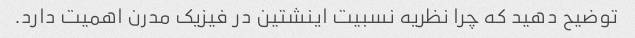
توضیح دهید که چرا نظریه نسبیت اینشتین در فیزیک مدرن اهمیت دارد.